Insane asylums Bombay 1873-77 - 1873-1877
Year: 1873
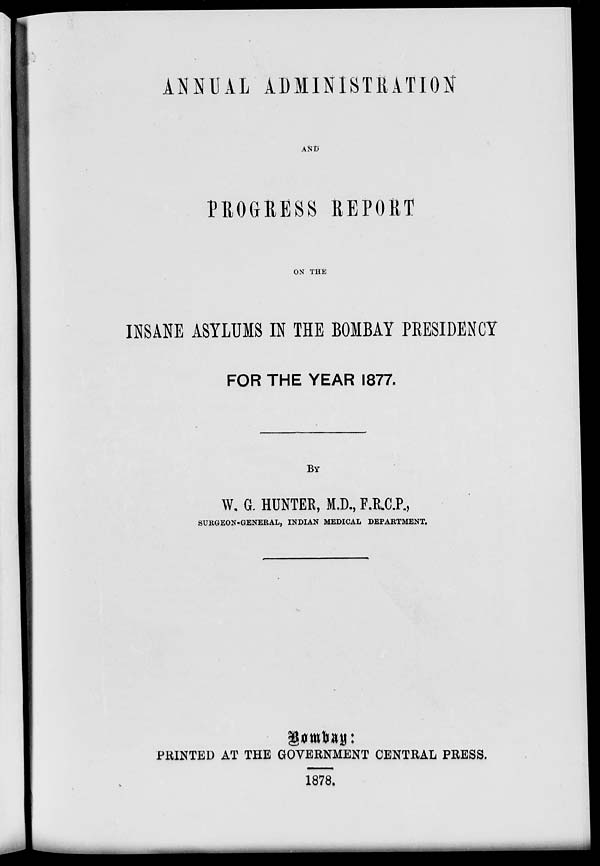
ANNUAL ADMINISTRATION
AND
PROGRESS REPORT
ON THE
INSANE ASYLUMS IN THE BOMBAY PRESIDENCY
FOR THE YEAR 1877.
BY
W. G. HUNTER, M.D., F.R.C.P.,
SURGEON-GENERAL, INDIAN MEDICAL DEPARTMENT.
Bombay:
PRINTED AT THE GOVERNMENT CENTRAL PRESS.
1878.